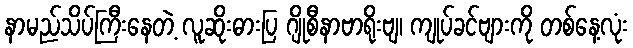
နာမည်သိပ်ကြီးနေတဲ့ လူဆိုးဓားပြ ဂျိုစီနာဗာရိုးဗျ၊ ကျုပ်ခင်ဗျားကို တစ်နေ့လုံး